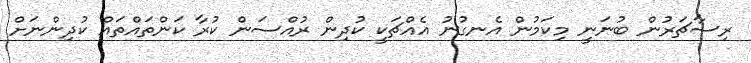
ރިސާޗަރުން ބުނަނީ މިކަމުން އެނގުނު އެއްޗަކީ ކުދިން ރުއްސަން ކުރާ ކަންތައްތައް ކުދިންނަށް